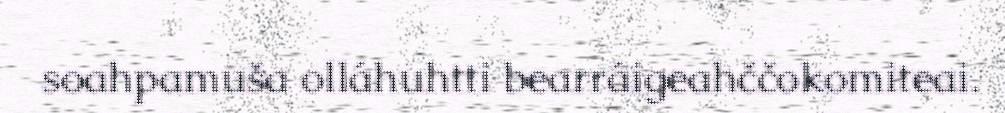
soahpamuša olláhuhtti bearráigeahččokomiteai.